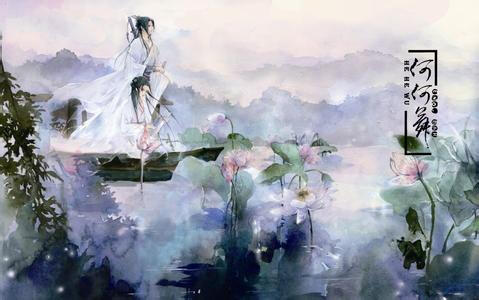
离愁渐远渐无穷，迢迢不断如春水。